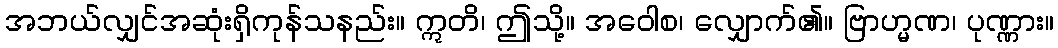
အဘယ်လျှင်အဆုံးရှိကုန်သနည်း။ ဣတိ၊ ဤသို့။ အဝေါစ၊ လျှောက်၏။ ဗြာဟ္မဏ၊ ပုဏ္ဏား။